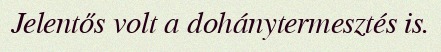
Jelentős volt a dohánytermesztés is.